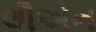
લૌએન